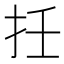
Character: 𢪭